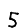
Digit: 5